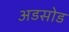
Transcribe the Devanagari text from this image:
अडसोड